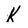
Character: K